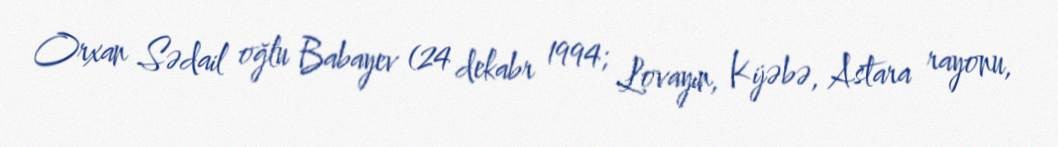
Orxan Sədail oğlu Babayev (24 dekabr 1994; Lovayın, Kijəbə, Astara rayonu,